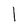
Character: 1